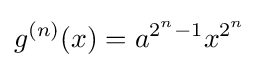
g^{(n)}(x)=a^{2^{n}-1}x^{2^{n}}